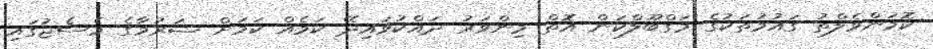
ކޮމަންވެލްތު ގައުމުތަކުގެ މަގްބޫލްކަން އޮތް މިންވަރު ދައްކުވައިދޭ ކަމެއް ކަމަށް ޝަރުމާގެ މެސެޖުގައި